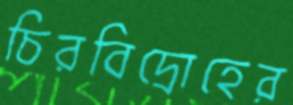
চিরবিদ্রোহের